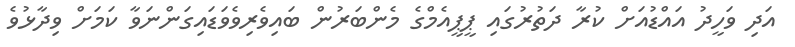
އަދި ވަހީދު އައްޑުއަށް ކުރާ ދަތުރުގައި ޕީޕީއެމްގެ މެންބަރުން ބައިވެރިވެވަޑައިގަންނަވާ ކަމަށް ވިދާޅުވެ